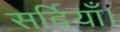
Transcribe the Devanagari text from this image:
सर्दियाँ।